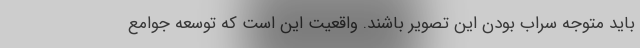
باید متوجه سراب بودن این تصویر باشند. واقعیت این است که توسعه جوامع